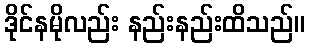
ဒိုင်နမိုလည်း နည်းနည်းထိသည်။